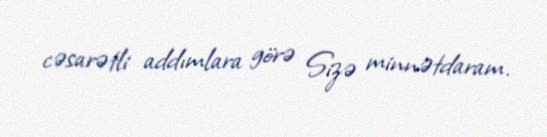
cəsarətli addımlara görə Sizə minnətdaram.